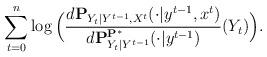
LaTeX: \begin{align*}\sum_{t=0}^n\log\Big(\frac{d{\bf P}_{Y_t|Y^{t-1},X^t}(\cdot|y^{t-1},x^t)}{d{\bf P}_{Y_t|Y^{t-1}}^{{\bf P}^*}(\cdot|y^{t-1})}(Y_t)\Big).\end{align*}